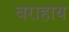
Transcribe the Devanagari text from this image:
वराहाय